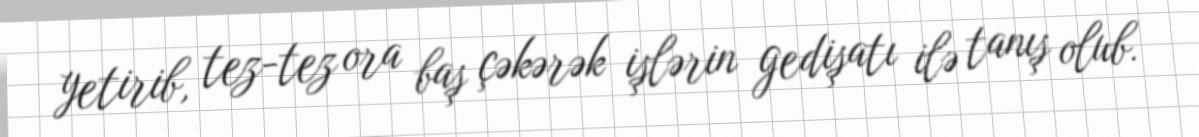
yetirib, tez-tez ora baş çəkərək işlərin gedişatı ilə tanış olub.